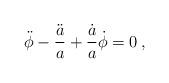
LaTeX: \begin{align*}\ddot{\phi} - \frac{\ddot a}{a} + \frac{\dot a}{a} \dot \phi = 0 \>,\end{align*}